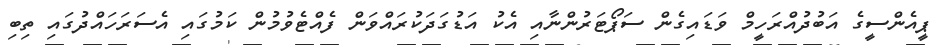
ޕީއެންސީގެ އަބުދުއްރަހީމް ވަޑައިގެން ސަޕޯޓަރުންނާއި އެކު އަޑުގަދަކުރައްވަން ފެއްޓެވުމުން ކަމުގައި އެސަރަހައްދުގައި ތިބި